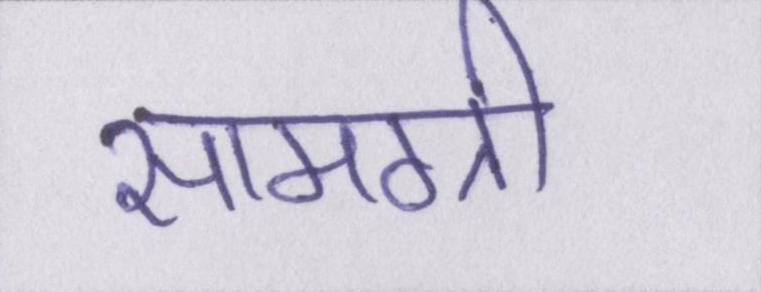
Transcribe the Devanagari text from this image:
सामग्री